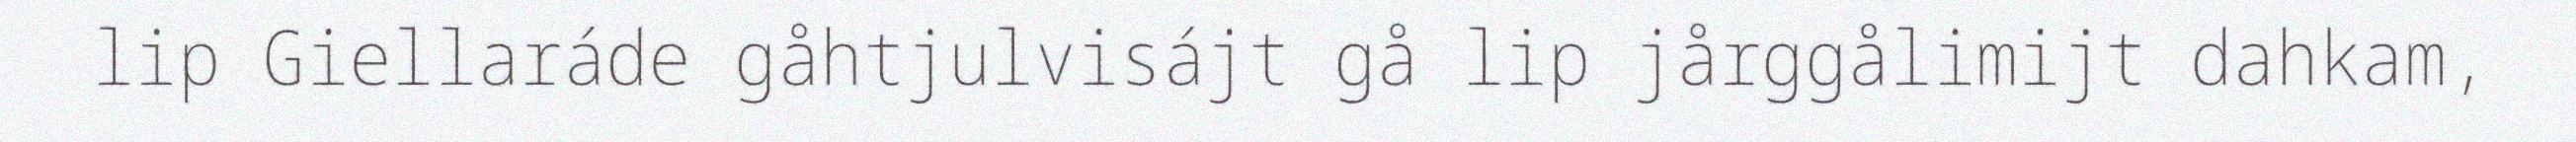
lip Giellaráde gåhtjulvisájt gå lip jårggålimijt dahkam,